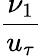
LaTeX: \frac{\nu_{1}}{u_{\tau}}